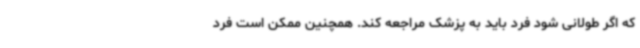
که اگر طولانی شود فرد باید به پزشک مراجعه کند. همچنین ممکن است فرد